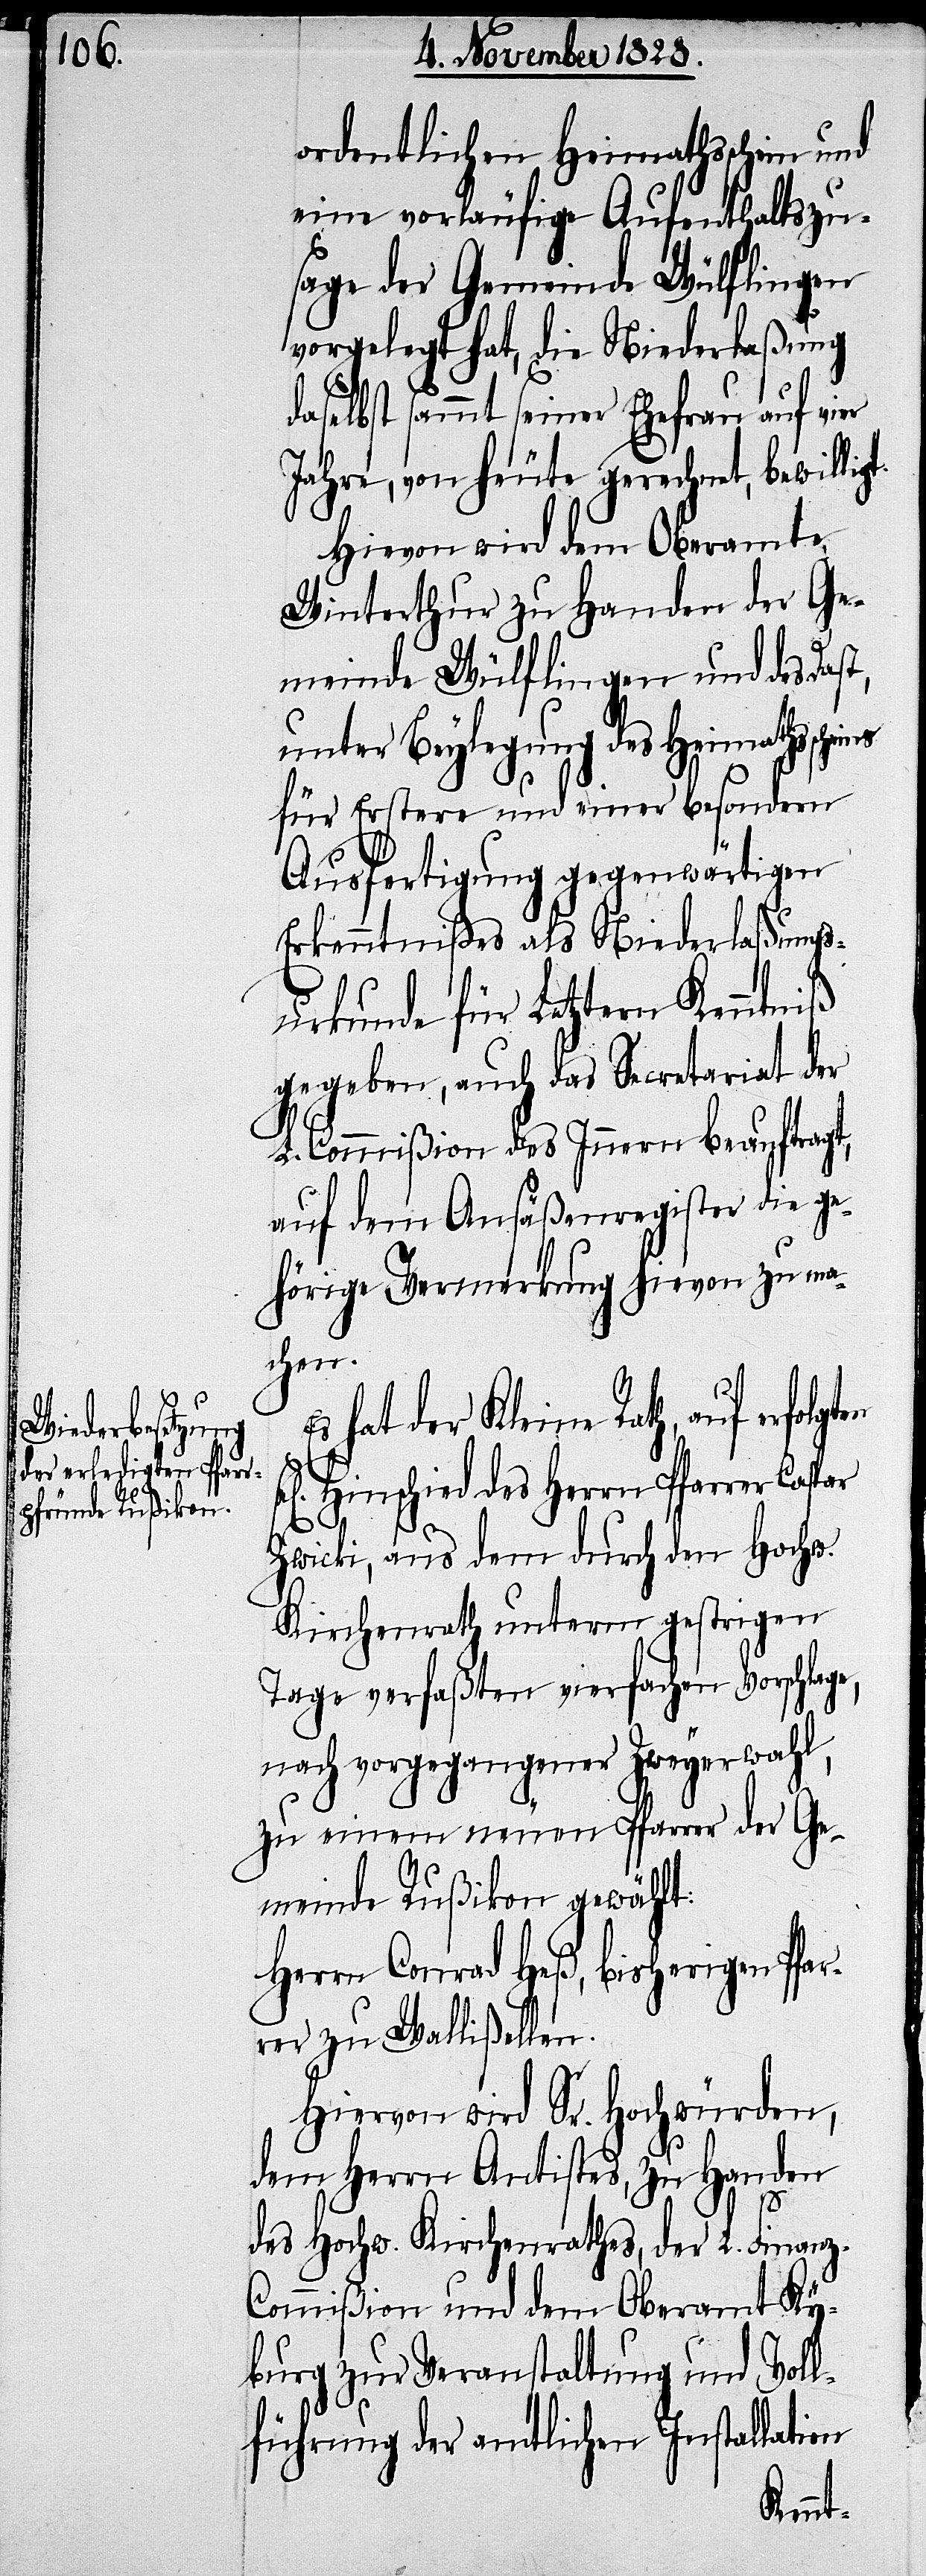
ordentlichen Heimathsschein und
eine vorläufige Aufenthaltszu¬
sage der Gemeinde Wülflingen
vorgelegt hat, die Niederlaßung
daselbst sammt seiner Ehefrau auf vier
Jahre, von heute gerechnet, bewillig¬
Hievon wird dem Oberamte
Winterthur zu Handen der Ge¬
meinde Wülflingen und des Dast,
unter Beylegung des Heimathssche¬
für Erstere und einer besondern
Es
Ausfertigung gegenwärtigen
Erkenntnißes als Niederlaßungs¬
urkunde für Letztern Kenntniß
gegeben, auch das Secretariat der
L. Commißion des Innern beauftragt,
auf dem Ansäßenregister die ge¬
hörige Vermerkung hievon zu ma¬
chen.
hat der Kleine Rath, auf erfolg¬
ten
Hinschied des Herrn Pfarrer Caspar
Zwicki, aus dem durch den Hochw.
Kirchenrath unterm gestrigen
Tage verfaßten vierfachen Vorschlage,
nach vorgegangener Zweyerwahl,
zu einem neuen Pfarrer der Ge¬
meinde Rußikon gewählt:
Herrn Conrad Heß, bisherigen Pfar¬
rer zu Wallißellen.
Hiervon wird Sr. Hochwürden,
dem Herrn Antistes, zu Handen
des Hochw. Kirchenrathes, der L. Finanz-C¬
ommißion und dem Oberamt Ky¬
burg zur Veranstaltung und Voll¬
führung der amtlichen Installation